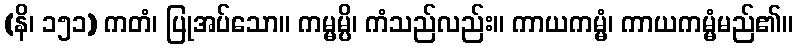
(နိ၊ ၁၅၁) ကတံ၊ ပြုအပ်သော။ ကမ္မမ္ပိ၊ ကံသည်လည်း။ ကာယကမ္မံ၊ ကာယကမ္မံမည်၏။